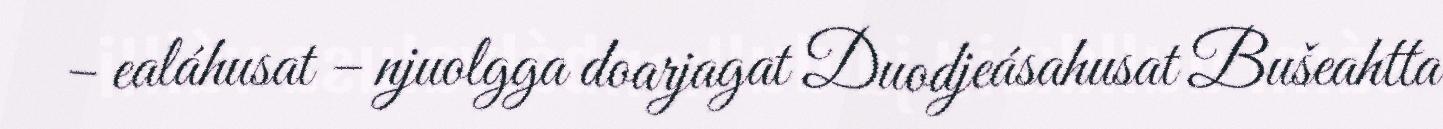
– ealáhusat – njuolgga doarjagat Duodjeásahusat Bušeahtta